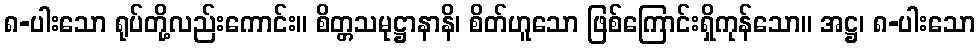
၈-ပါးသော ရုပ်တို့လည်းကောင်း။ စိတ္တသမုဋ္ဌာနာနိ၊ စိတ်ဟူသော ဖြစ်ကြောင်းရှိကုန်သော။ အဋ္ဌ၊ ၈-ပါးသော